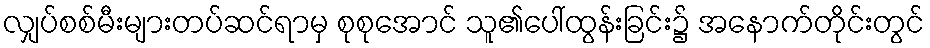
လျှပ်စစ်မီးများတပ်ဆင်ရာမှ စုစုအောင် သူ၏ပေါ်ထွန်းခြင်း၌ အနောက်တိုင်းတွင်